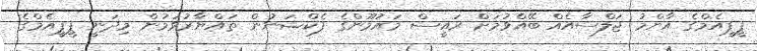
ޕީޕީއެމްގެ އާންމު ޖަލްސާއެއް ބޭއްވުމަށް ރައީސް މައުމޫންގެ ފެކްޝަނުން ތައްޔާރުވަމުން މިދަނީ ޕީޕީއެމްގެ